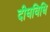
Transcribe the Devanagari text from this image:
दीघविधि